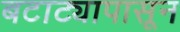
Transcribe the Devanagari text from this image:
बटाट्यापासून